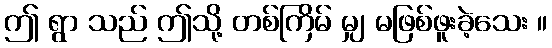
ဤ ရွာ သည် ဤသို့ တစ်ကြိမ် မျှ မဖြစ်ဖူးခဲ့သေး ။